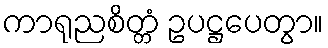
ကာရုညစိတ္တံ ဥပဋ္ဌပေတွာ။